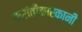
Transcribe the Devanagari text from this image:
क्रांतीकारकानी